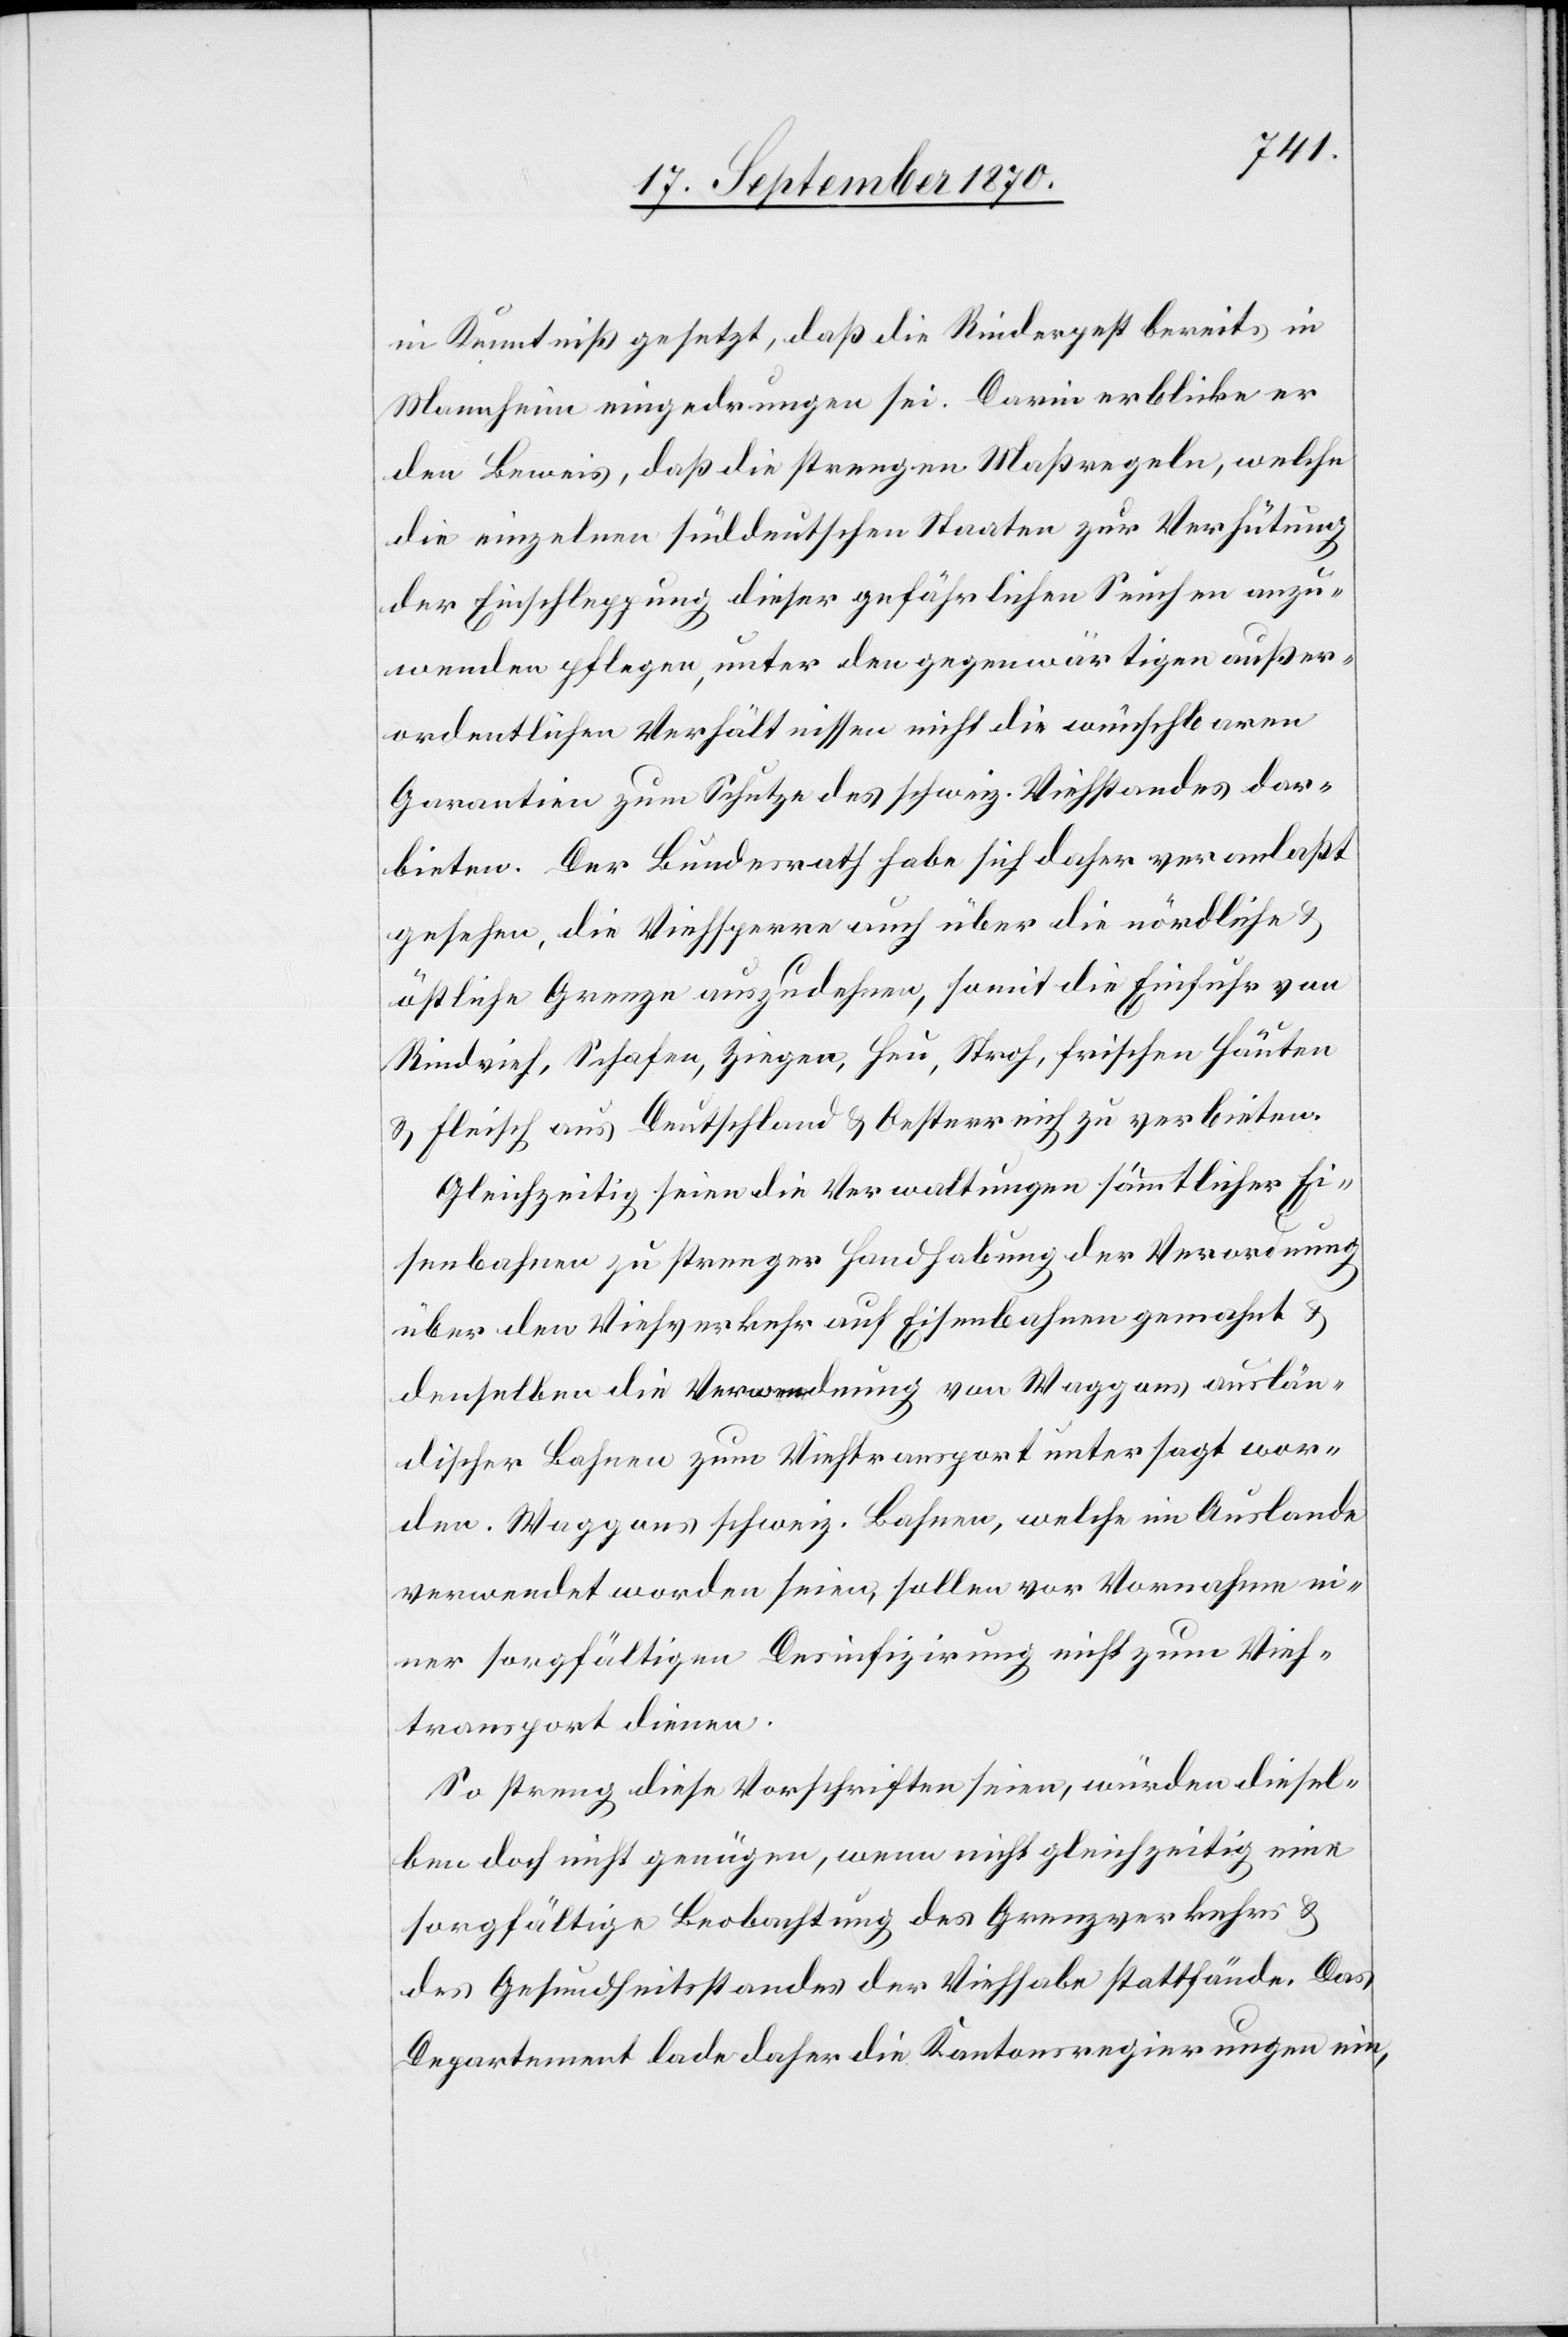
in Kenntniß gesetzt, daß die Rinderpest bereits in
Mannheim eingedrungen sei. Darin erblicke er
den Beweis, daß die strengen Maßregeln, welche
die einzelnen süddeutschen Staaten zur Verhütung
der Einschleppung dieser gefährlichen Seuchen anzu¬
wenden pflegen, unter den gegenwärtigen außer¬
ordentlichen Verhältnissen nicht die wünschbaren
Garantien zum Schutze des schweiz. Viehstandes dar¬
bieten. Der Bundesrath habe sich daher veranlaßt
gesehen, die Viehsperre auch über die nördliche &
östliche Grenze auszudehnen, somit die Einfuhr von
Rindvieh, Schafen, Ziegen, Heu, Stroh, frischen Häuten
& Fleisch aus Deutschland & Oesterreich zu verbieten.
Gleichzeitig seien die Verwaltungen sämmtlicher Ei¬
senbahnen zu strenger Handhabung der Verordnung
über den Viehverkehr auf Eisenbahnen gemahnt &
denselben die Verwendung von Waggons auslän¬
discher Bahnen zum Viehtransport untersagt wor¬
den. Waggons schweiz. Bahnen, welche im Auslande
verwendet worden seien, sollen vor Vornahme ein¬
er sorgfältigen Desinfizirung nicht zum Vieh¬
transport dienen.
So streng diese Vorschriften seien, würden diesel¬
ben doch nicht genügen, wenn nicht gleichzeitig eine
sorgfältige Beobachtung des Grenzverkehrs &
des Gesundheitsstandes der Viehhabe stattfände. Das
Departement lade daher die Kantonsregierungen ein,